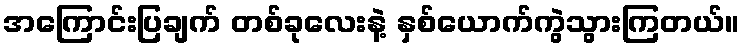
အကြောင်းပြချက် တစ်ခုလေးနဲ့ နှစ်ယောက်ကွဲသွားကြတယ်။